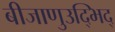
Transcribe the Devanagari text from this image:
बीजाणुउद्भिद्